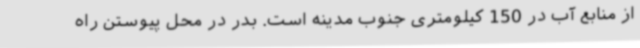
از منابع آب در 150 کیلومتری جنوب مدینه است. بدر در محل پیوستن راه